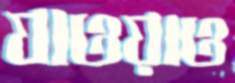
যাওয়াও